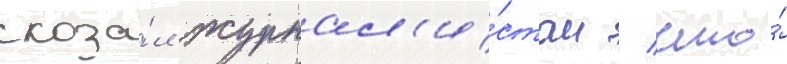
сказа́л журнал'и́стам / что́